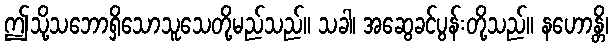
ဤသို့သဘောရှိသောသူသေတို့မည်သည်။ သခါ၊ အဆွေခင်ပွန်းတို့သည်။ နဟောန္တိ၊